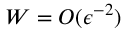
W = O ( \epsilon ^ { - 2 } )